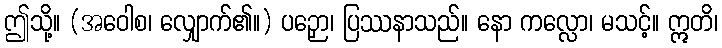
ဤသို့။ (အဝေါစ၊ လျှောက်၏။) ပဉှော၊ ပြဿနာသည်။ နော ကလ္လော၊ မသင့်။ ဣတိ၊